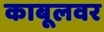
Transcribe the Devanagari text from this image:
काबूलवर